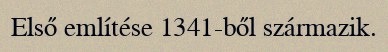
Első említése 1341-ből származik.